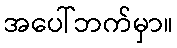
အပေါ်ဘက်မှာ။